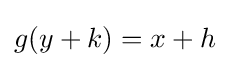
g(y+k)=x+h